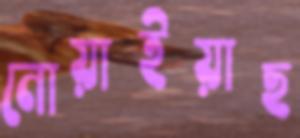
নোয়াইয়াছ